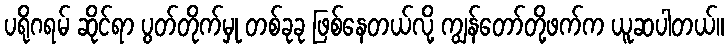
ပရိုဂရမ် ဆိုင်ရာ ပွတ်တိုက်မှု တစ်ခုခု ဖြစ်နေတယ်လို့ ကျွန်တော်တို့ဖက်က ယူဆပါတယ်။